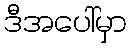
ဒီအပေါ်မှာ